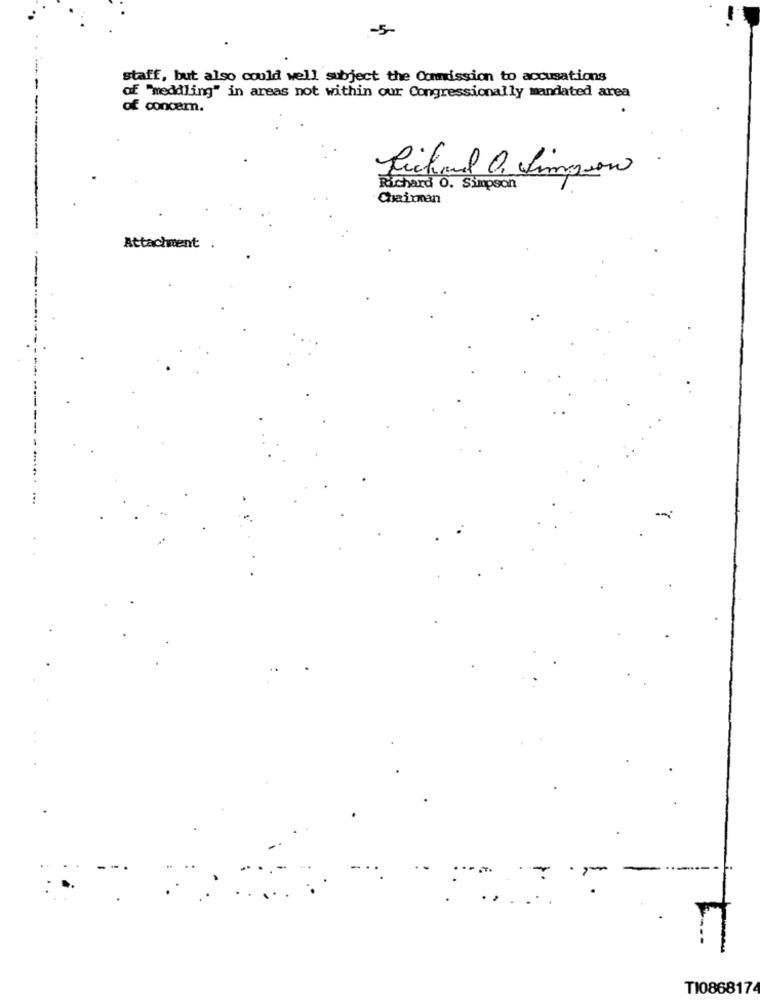
-5-
staff, but also could well subject the Commission to accusations
af "meddling" in areas not within our Congressionally mandated area
of concem.
Michael O. Simpson
Richard O. Simpson
Chairman
Attachment
-
=
TI0868174